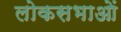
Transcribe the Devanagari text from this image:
लोकसभाओं